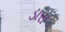
ડારા